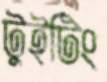
টুইটিং